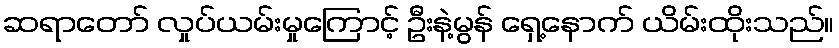
ဆရာတော် လှုပ်ယမ်းမှုကြောင့် ဦးနဲ့မွန် ရှေ့နောက် ယိမ်းထိုးသည်။